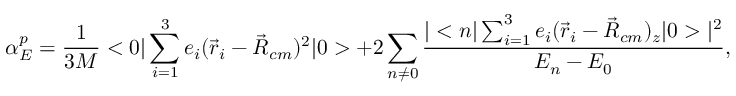
\alpha _ { E } ^ { p } = { \frac { 1 } { 3 M } } < 0 | \sum _ { i = 1 } ^ { 3 } e _ { i } ( \vec { r } _ { i } - \vec { R } _ { c m } ) ^ { 2 } | 0 > + 2 \sum _ { n \neq 0 } { \frac { | < n | \sum _ { i = 1 } ^ { 3 } e _ { i } ( \vec { r } _ { i } - \vec { R } _ { c m } ) _ { z } | 0 > | ^ { 2 } } { E _ { n } - E _ { 0 } } } ,